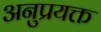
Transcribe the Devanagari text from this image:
अनुप्रयक्त